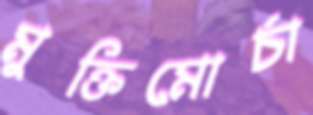
মুক্তিমোর্চা